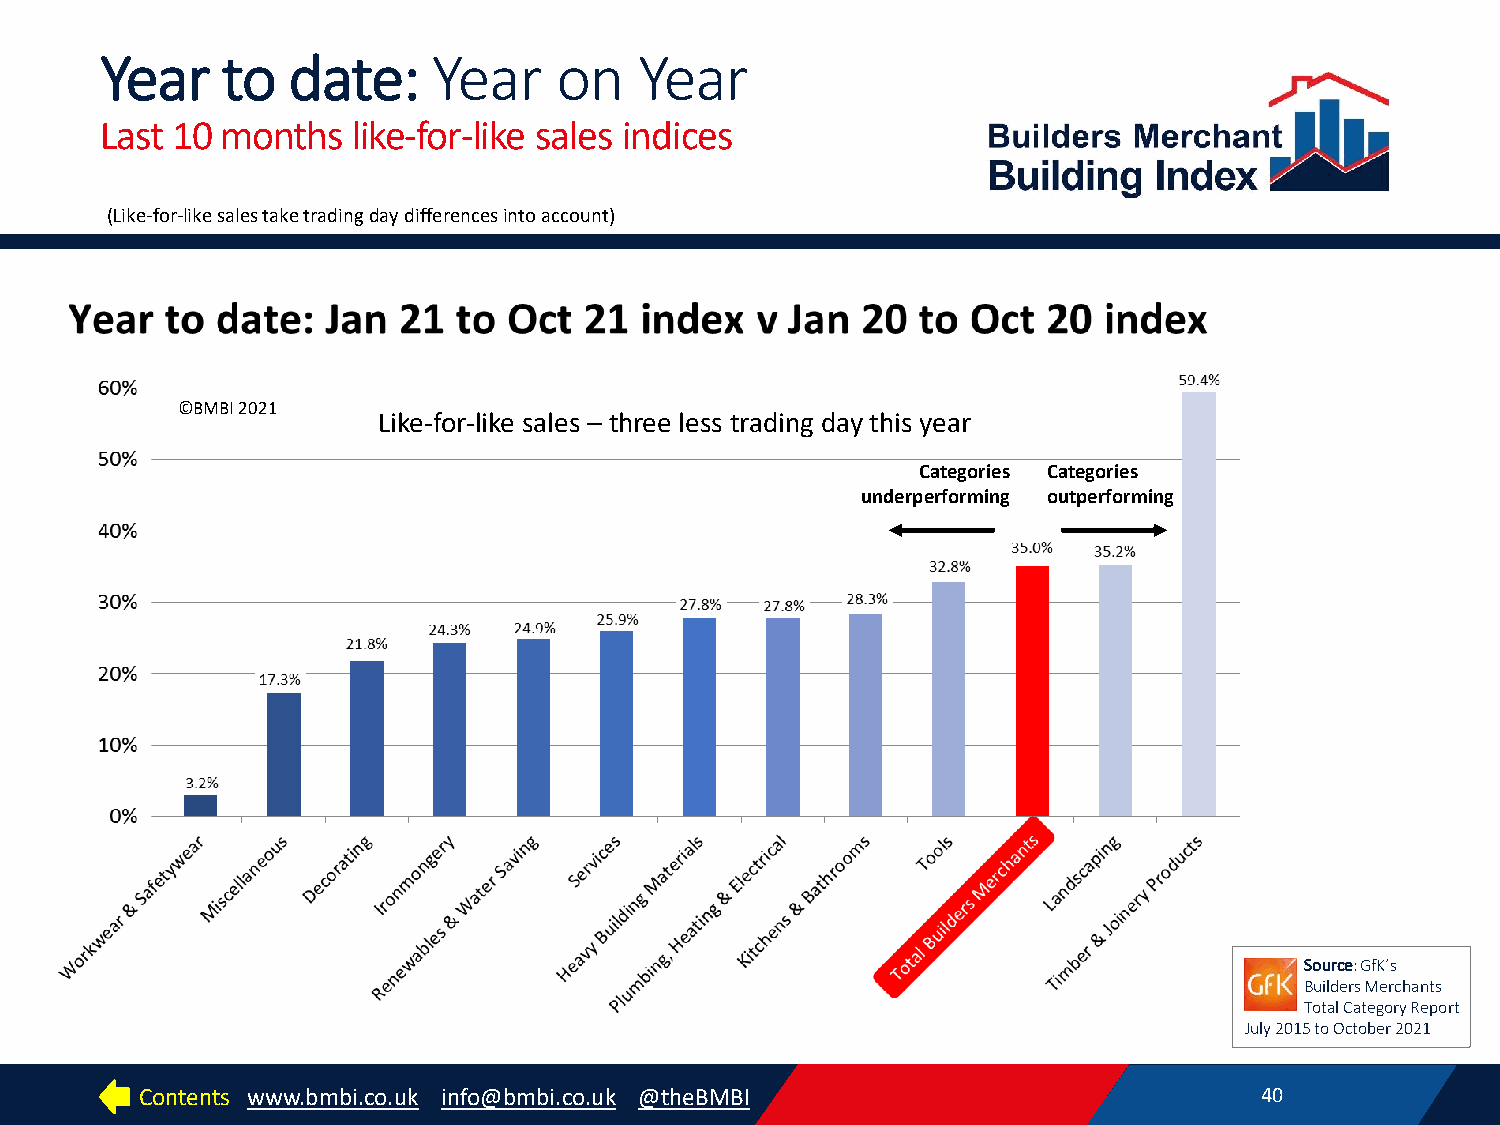
Year    to  date:     Year    on   Year
 Last 10 months  like-for-like sales indices
 (Like-for-like sales take trading day differences into account)
 ©BMBI 2021
 Like-for-like sales – three less trading day this year
 Categories Categories
 underperforming outperforming
 Source: GfK’s
 Builders Merchants
 Total Category Report
 July 2015 to October 2021
 Contents www.bmbi.co.uk info@bmbi.co.uk @theBMBI                          40